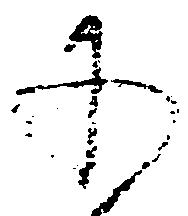
承